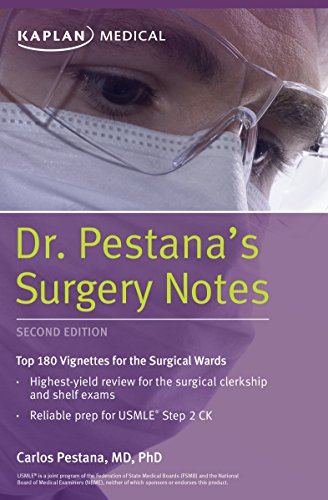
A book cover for Dr. Pestana's Surgery Notes: Top 180 Vignettes for the Surgical Wards (Kaplan Test Prep); Dr. Carlos Pestana; Test Preparation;